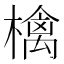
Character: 檎